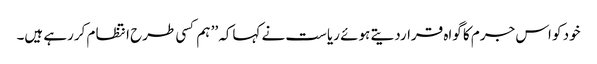
خود کو اس جرم کا گواہ قراردیتے ہوئے ریاست نے کہاکہ ’’ ہم کسی طرح انتظا م کررہے ہیں۔